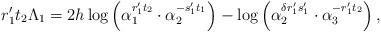
LaTeX: \begin{align*}r_1't_2\Lambda_1=2h\log \left( \alpha_1^{r_1't_2}\cdot \alpha_2^{-s_1't_1}\right)-\log\left(\alpha_2^{\delta r_1' s_1'}\cdot \alpha_3 ^{-r_1' t_2} \right),\end{align*}